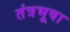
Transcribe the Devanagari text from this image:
तंत्रभूषा